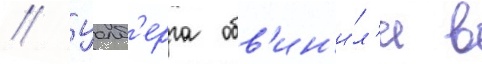
// Уолб'ерга обв'ин'и́л'и в